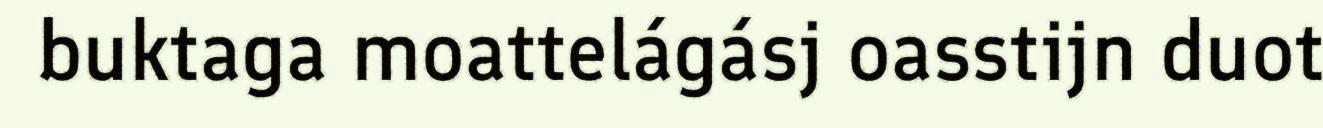
buktaga moattelágásj oasstijn duot